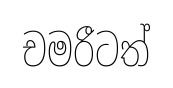
චමරීටත්